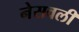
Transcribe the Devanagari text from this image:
नेसवली